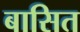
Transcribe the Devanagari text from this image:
बासित